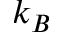
k _ { B }